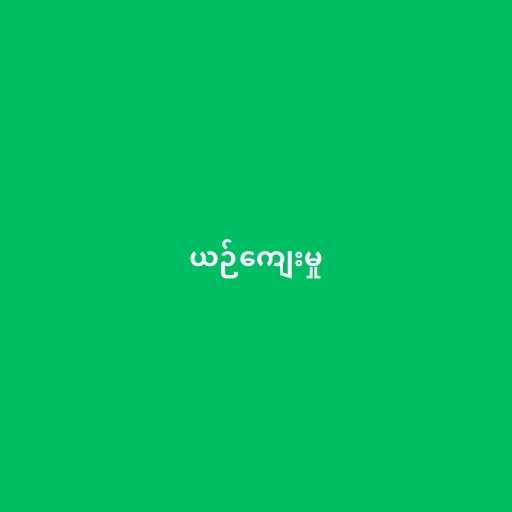
ယဉ်ကျေးမှု